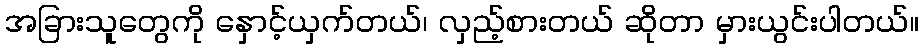
အခြားသူတွေကို နှောင့်ယှက်တယ်၊ လှည့်စားတယ် ဆိုတာ မှားယွင်းပါတယ်။